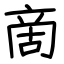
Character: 啇